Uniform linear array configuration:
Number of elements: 64
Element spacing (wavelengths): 0.25
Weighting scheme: hann
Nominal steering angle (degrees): -45
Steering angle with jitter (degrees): -44.462
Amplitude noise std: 0.05
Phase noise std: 0.05

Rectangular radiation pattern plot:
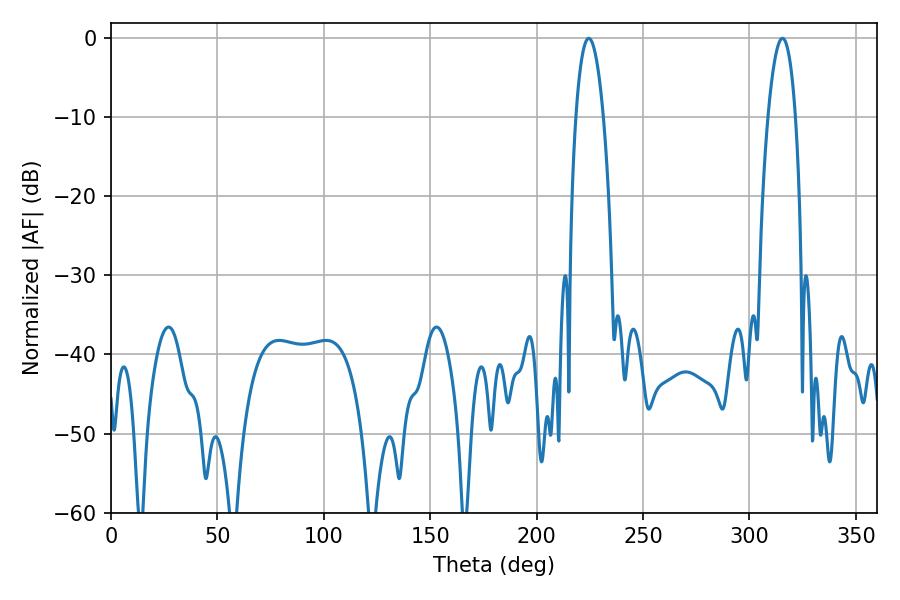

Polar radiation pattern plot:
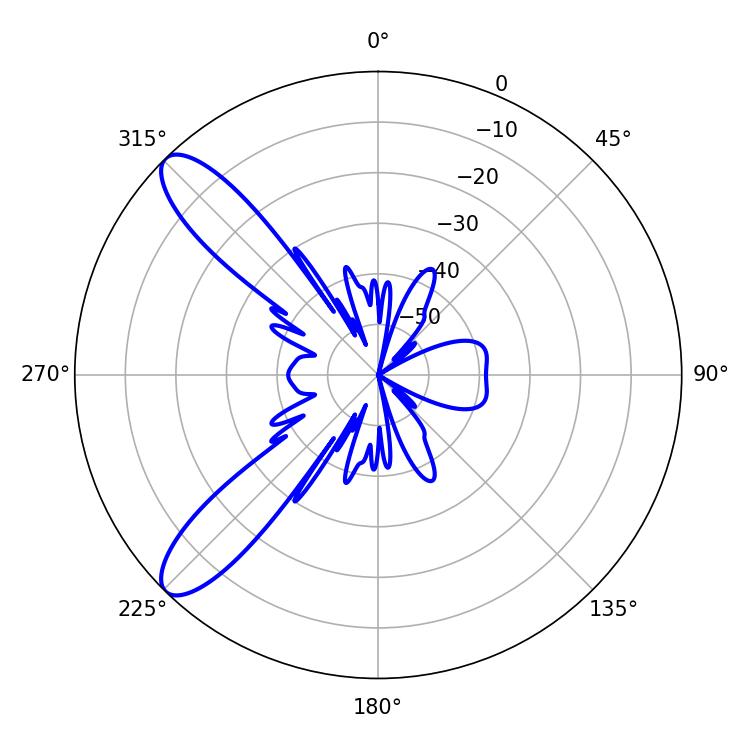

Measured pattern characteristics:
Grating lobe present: FALSE
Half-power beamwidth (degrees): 7.2
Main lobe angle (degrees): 224.46